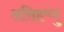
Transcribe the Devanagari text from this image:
असिहष्णु